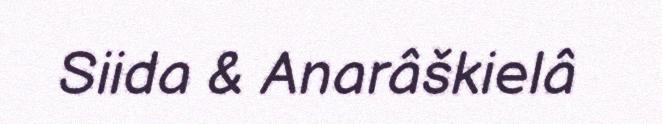
Siida & Anarâškielâ